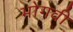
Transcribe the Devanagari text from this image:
भोगवी